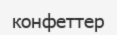
конфеттер